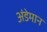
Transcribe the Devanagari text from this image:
अंडेमान